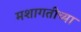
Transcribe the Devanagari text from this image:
मशागतीच्या